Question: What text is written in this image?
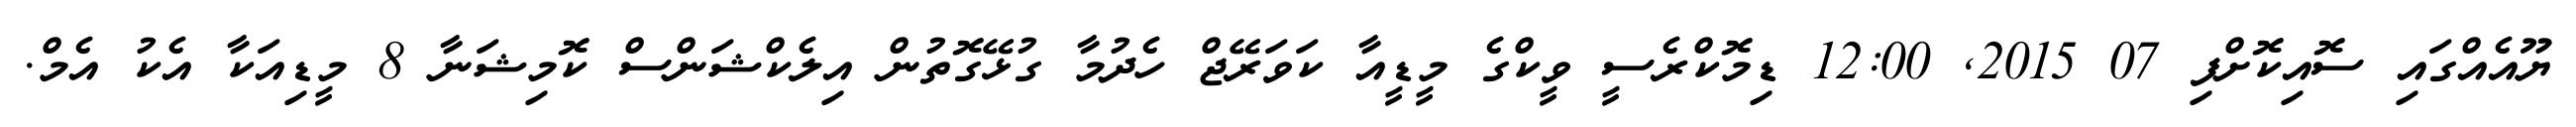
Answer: ޔޫއެއްގައި ސޮއިކޮށްފި 07 2015, 12:00 ޑިމޮކްރެސީ ވީކްގެ މީޑީއާ ކަވަރޭޖް ހެދުމާ ގުޅޭގޮތުން އިލެކްޝަންސް ކޮމިޝަނާ 8 މީޑިއަކާ އެކު އެމް.